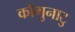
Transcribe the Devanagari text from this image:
कोंगुनाटु